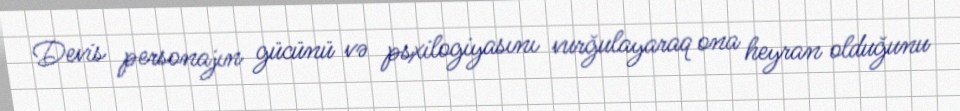
Devis personajın gücünü və psxilogiyasını vurğulayaraq ona heyran olduğunu